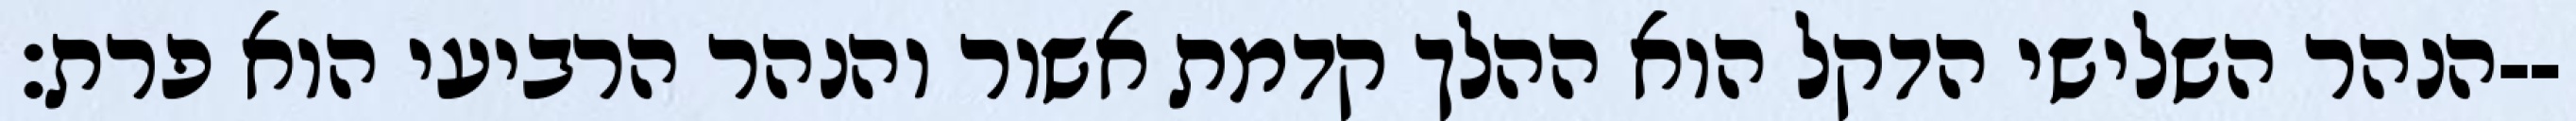
הנהר השלישי הדקל הוא ההלך קדמת אשור והנהר הרביעי הוא פרת׃--